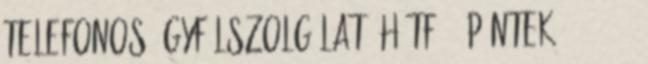
Telefonos ügyfélszolgálat: Hétfő - Péntek 09 – 17